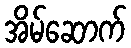
အိမ်ဆောက်